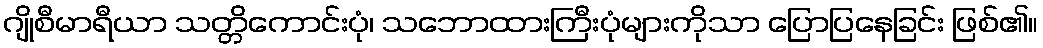
ဂျိုစီမာရီယာ သတ္တိကောင်းပုံ၊ သဘောထားကြီးပုံများကိုသာ ပြောပြနေခြင်း ဖြစ်၏။